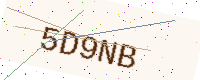
Text: 5D9NB